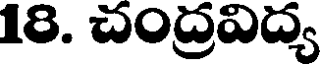
18. చంద్రవిద్య